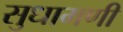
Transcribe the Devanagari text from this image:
सुधामणी